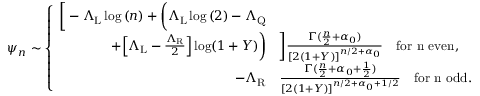
\psi _ { n } \sim \left\{ \begin{array} { r l } { \bigg [ - \Lambda _ { \mathrm { L } } \log { ( n ) } + \bigg ( \Lambda _ { \mathrm { L } } \log { ( 2 ) } - \Lambda _ { \mathrm { Q } } } & { } \\ { + \Big [ \Lambda _ { \mathrm { L } } - \frac { \Lambda _ { \mathrm { R } } } { 2 } \Big ] \log ( 1 + Y ) \bigg ) } & { \bigg ] \frac { \Gamma ( \frac { n } { 2 } + \alpha _ { 0 } ) } { [ 2 ( 1 + Y ) ] ^ { n / 2 + \alpha _ { 0 } } } \quad \mathrm { f o r ~ n ~ e v e n } , } \\ { - \Lambda _ { \mathrm { R } } } & { \frac { \Gamma ( \frac { n } { 2 } + { \alpha _ { 0 } + \frac { 1 } { 2 } } ) } { [ 2 ( 1 + Y ) ] ^ { n / 2 + { \alpha _ { 0 } + 1 / 2 } } } \quad \mathrm { f o r ~ n ~ o d d } . } \end{array} \right.